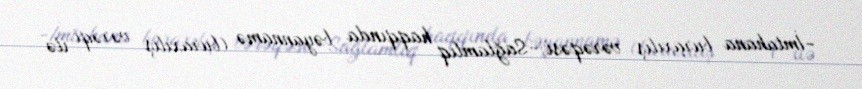
-İmtahana buraxılış vərəqəsi;-Sağlamlıq haqqında bəyannamə (buraxılış vərəqi ilə